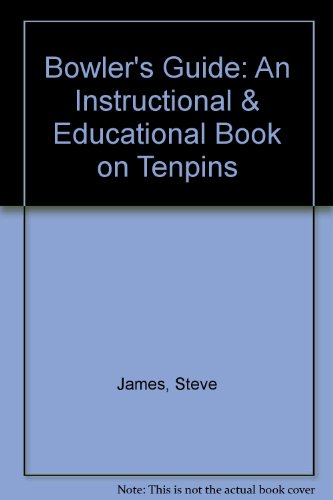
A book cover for Bowler's Guide: An Instructional & Educational Book on Tenpins; Steve James; Sports & Outdoors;